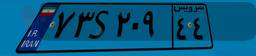
۰۷S۰۳۶۳۳